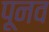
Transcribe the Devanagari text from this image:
पूनव